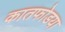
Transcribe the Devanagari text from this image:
कातफोडया